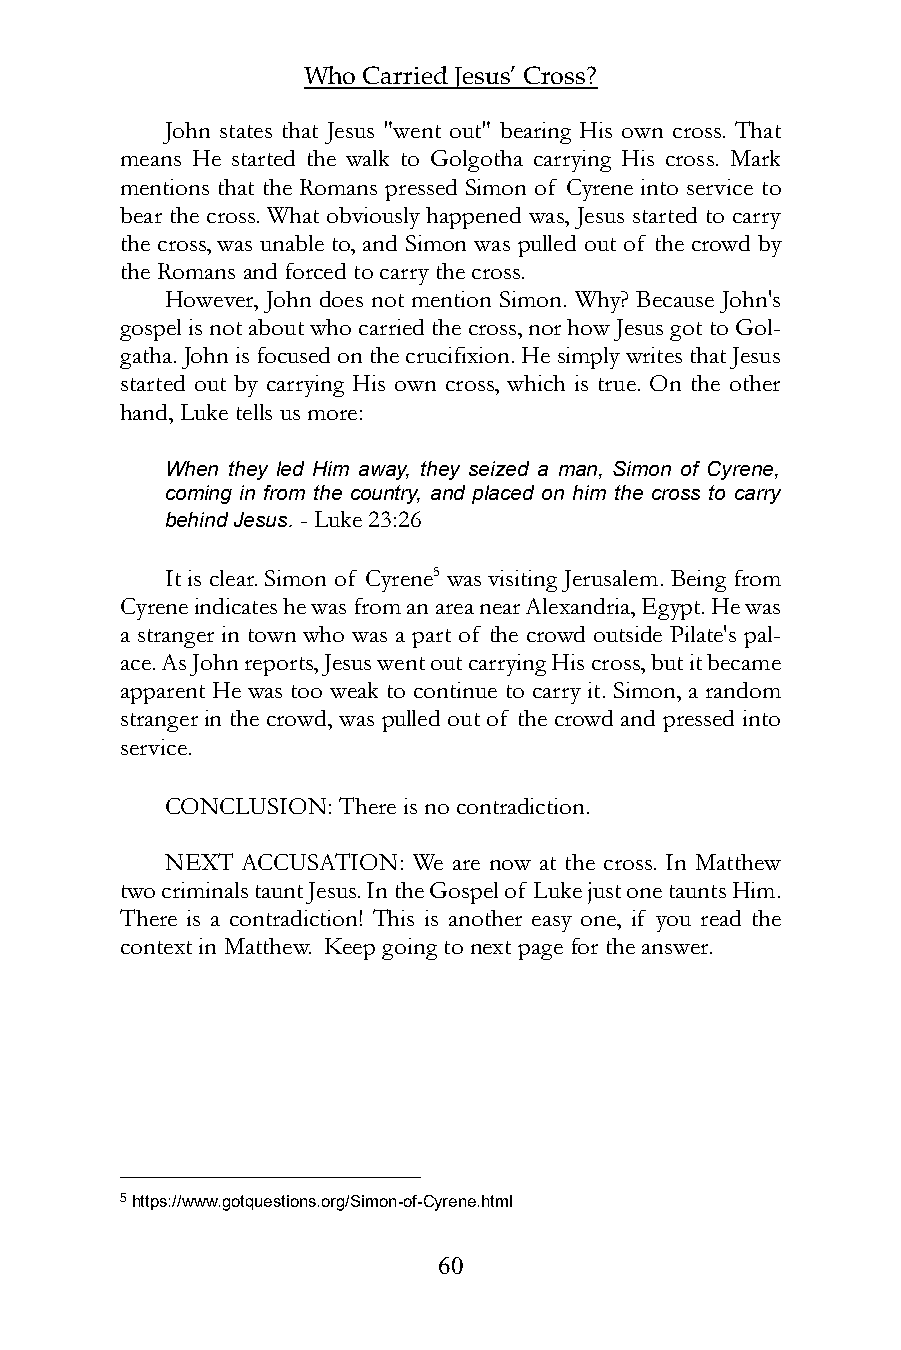
Who Carried Jesus’ Cross?
 John states that Jesus "went out" bearing His own cross. That
 means He started the walk to Golgotha carrying His cross. Mark
 mentions that the Romans pressed Simon of Cyrene into service to
 bear the cross. What obviously happened was, Jesus started to carry
 the cross, was unable to, and Simon was pulled out of the crowd by
 the Romans and forced to carry the cross.
 However, John does not mention Simon. Why? Because John's
 gospel is not about who carried the cross, nor how Jesus got to Gol-
 gatha. John is focused on the crucifixion. He simply writes that Jesus
 started out by carrying His own cross, which is true. On the other
 hand, Luke tells us more:
 When they led Him away, they seized a man, Simon of Cyrene,
 coming in from the country, and placed on him the cross to carry
 behind Jesus. - Luke 23:26
 It is clear. Simon of Cyrene5 was visiting Jerusalem. Being from
 Cyrene indicates he was from an area near Alexandria, Egypt. He was
 a stranger in town who was a part of the crowd outside Pilate's pal-
 ace. As John reports, Jesus went out carrying His cross, but it became
 apparent He was too weak to continue to carry it. Simon, a random
 stranger in the crowd, was pulled out of the crowd and pressed into
 service.
 CONCLUSION: There is no contradiction.
 NEXT ACCUSATION: We are now at the cross. In Matthew
 two criminals taunt Jesus. In the Gospel of Luke just one taunts Him.
 There is a contradiction! This is another easy one, if you read the
 context in Matthew. Keep going to next page for the answer.
 5 https://www.gotquestions.org/Simon-of-Cyrene.html
 60